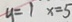
y = 1 x = 5